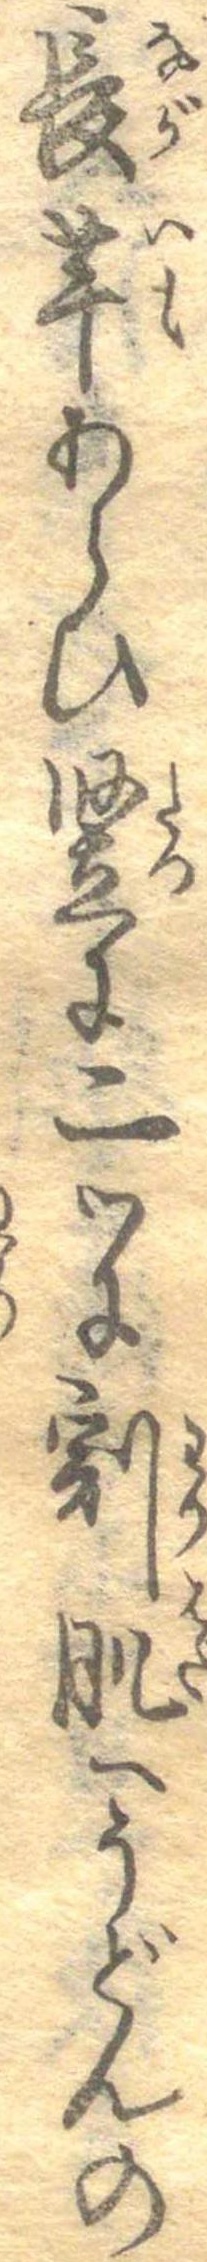
長芋あらひ竪に二つに割肌へうどんの